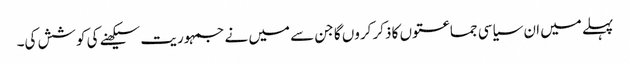
پہلے میں ان سیاسی جماعتوں کا ذکر کروں گا جن سے میں نے جمہوریت سیکھنے کی کوشش کی۔